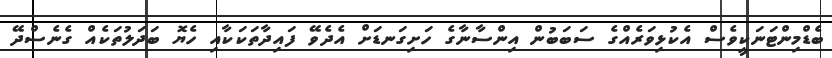
ބެޑްމިންޓަނަކީވެސް އެކުޅިވަރެއްގެ ސަބަބުން އިންސާނާގެ ހަށިގަނޑަށް އެދެވޭ ފައިދާތަކަކާއި ހެޔޮ ބަދަލުތަކެއް ގެނެސްދޭ